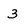
Character: 3